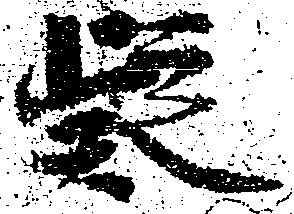
疑